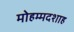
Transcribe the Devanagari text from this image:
मोहम्मदशाह